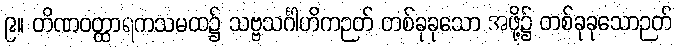
၉။ တိဏဝတ္ထာရကသမထ၌ သဗ္ဗသင်္ဂါဟိကဉတ် တစ်ခုခုသော အဖို့၌ တစ်ခုခုသောဉတ်